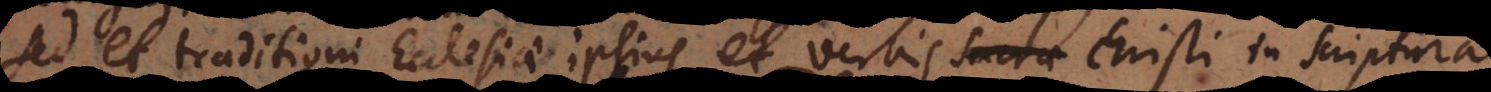
sed et traditioni Ecclesiae ipsius, et verbis Sacrae Scripturae,